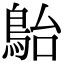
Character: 𩿡